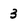
Character: 3